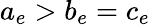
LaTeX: a_{e}>b_{e}=c_{e}